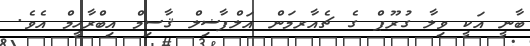
ބާނީ އަކީ ވިލާ ގުރޫޕް ގެ ޗެއާރމަން އަލްފާޟިލް ޤާސިމް އިބްރާހީމް އެވެ.